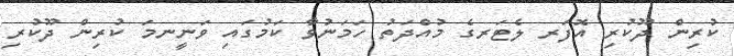
ކުރިން ދޫކުރި އޮފަރ ލެޓަރގެ މުއްދަތު ހަމަނުވާ ކަމުގައި ވަނީނމަ ކުރިން ދޫކުރި